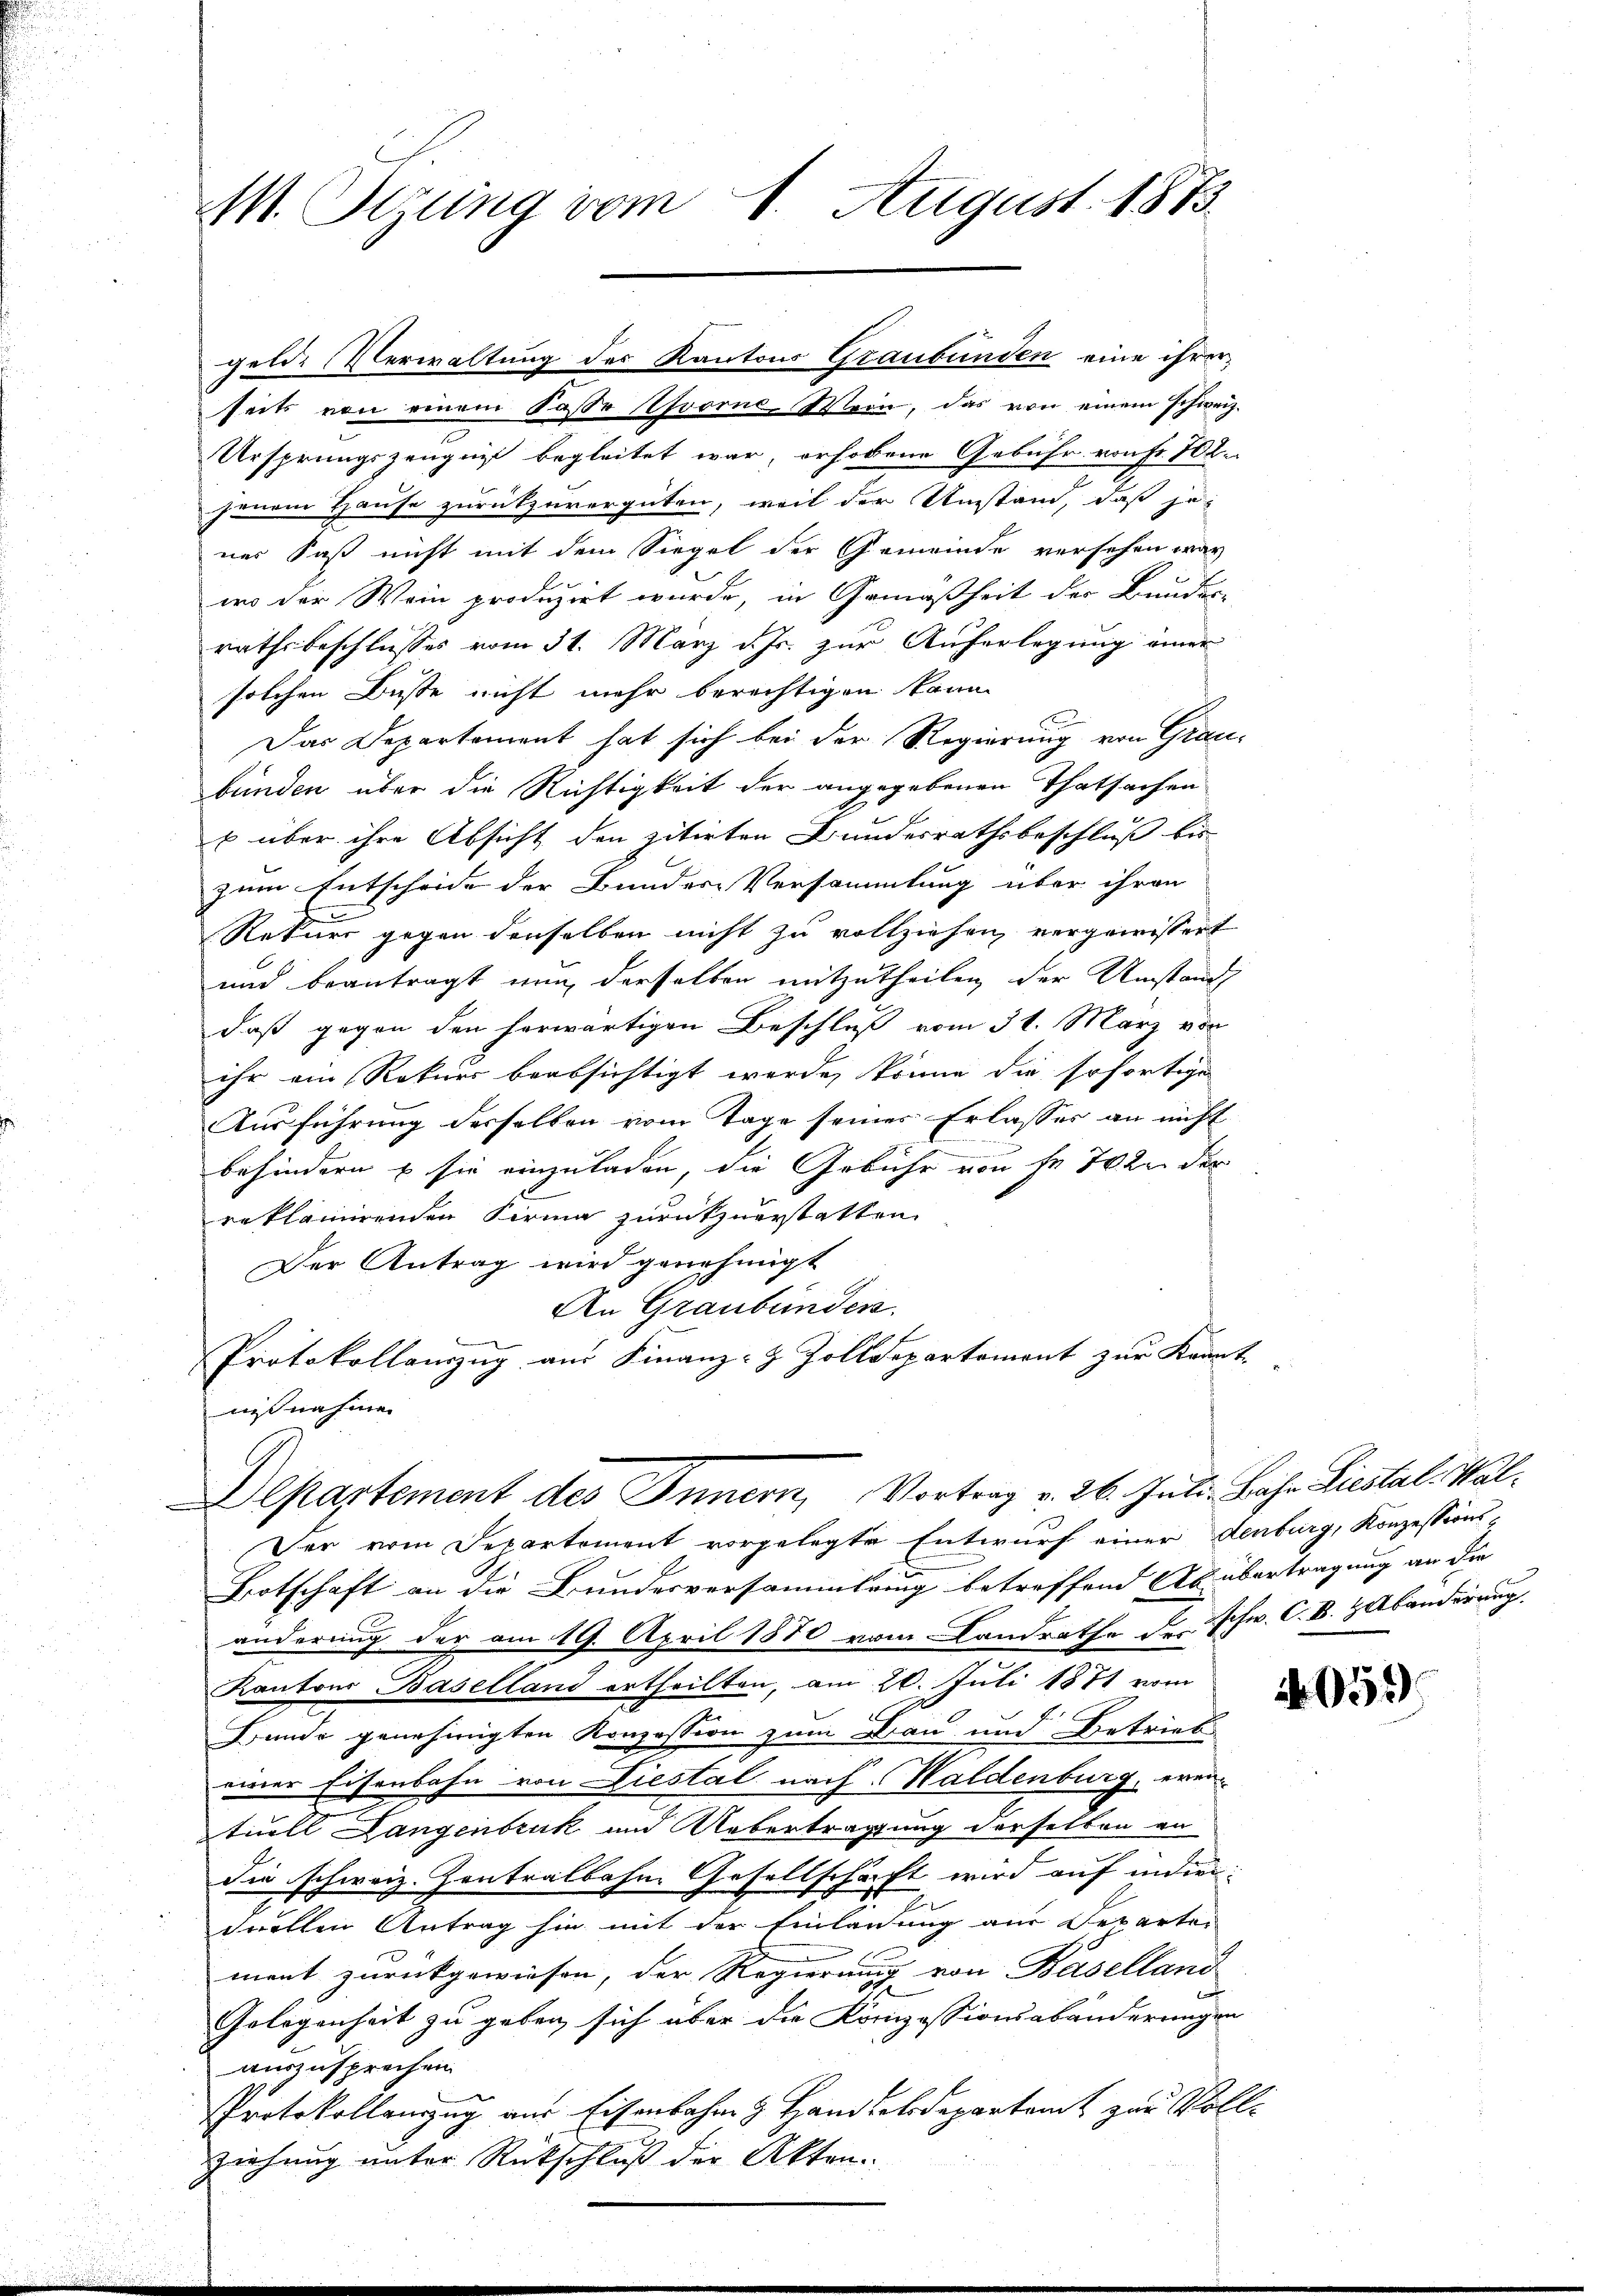
MM. Stung vom 1. August 1873.

seits von einem Sasse vorne-Wein, das von einem schweiz.
Ursprungszeugnis begleitet war, erhobene Gebühr von Fr. 702.
jenem Hause zurückzuvergüten, weil der Umstand, daß jener Faß nicht mit dem Siegel der Gemeinde versehen war
wo der Wein produzirt wurde, in Gemäßheit der Bundes-
rathsbeschlusses vom 31. März d. Js. zur Auferlegung einer
solchen Büste nicht mehr berechtigen kann.
Das Departement hat sich bei der Regierung von Graubünden über die Richtigkeit der angegebenen Thatsachen
b über ihre Absicht den zitirten Bundesrathsbeschluß bis
zum Entscheide der Bunder-Versammlung über ihren
Rekurs gegen denselben nicht zu vollziehen, vergewissert
und beantragt nun derselben mitzutheilen der Umstand
daß gegen den herwärtigen Beschluß vom 31. März vor
ihr ein Rekurs beabsichtigt werde, könne die sofortige
Ausführung derselben vom Tage seines Erlasser an nicht
behindern & sie einzuladen, die Gebühr von Fr. 702 der
reklammenden Firma zurückzuerstatten
Der Antrag wird genehmigt
An Graubünden.
e
Protokollauszug aus Finanz-Z Zolldepartemont zur Krant-
nißnahme
Departement des Innern, Vortrag v. 26. Juli, Bache Liestal. Wal¬
Der vom Departement vorgelegte Entwurf einer denburg, Konzessions-
Botschaft an die Bundesversammlung betreffend Ab übertragung an die
änderung der am 19. April 1870 vom Landrathe de schw. C.V. Habänderung
Kantons Baselland ertheilten, am 20. Juli 1871 vom
Bunde genehmigten Konzession zum Bau und Betrieb
einer Eisenbahn von Liestal nach Haldenburg, erintuell Langenbruck und Uebertragung derselben an
die schweiz. Zentralbahne Gesellschaft wird auf indier-
quellen Antrag sie mit der Einladung aus Departen
ment zurückgewiesen, der Regierung von Baselland
Gelegenheit zu geben sich über die Konzessionsabänderungen
auszusprechen
Protokollenzug aus Eisenbahn & Handeldepartamt zur Voll¬
Ziehung unter Rückschluß der Akten

gelde Verwaltung des Kantons Graubünden eine ihrer